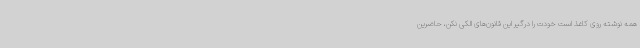
همه نوشته روی کاغذ است خودت را درگیر این قانون‌های الکی نکن، حاضرین